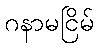
ဂနာမငြိမ်